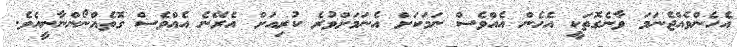
އެހެންވެއްޖެނަމަ ވާނެގޮތަކީ އެހެން އެއްވެސް ނަމަކަށް އެނަމަށްވުރެ ކުރިއަށް އެރޭނެ އެއްވެސް ގޮތެއްނޯންނާނީއެވެ.